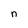
Character: n